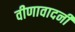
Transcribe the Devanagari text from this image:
वीणावादनी